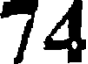
74